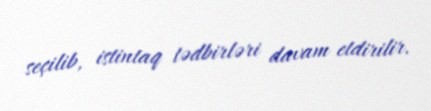
seçilib, istintaq tədbirləri davam etdirilir.